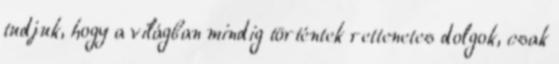
tudjuk, hogy a világban mindig történtek rettenetes dolgok, csak